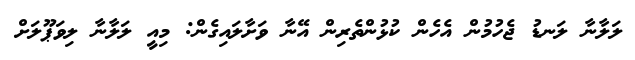
ލަލާނާ ލަނޑު ޖެހުމުން އެހެން ކުޅުންތެރިން އޭނާ ވަށާލައިގެން: މިއީ ލަލާނާ ލިވަޕޫލަށް